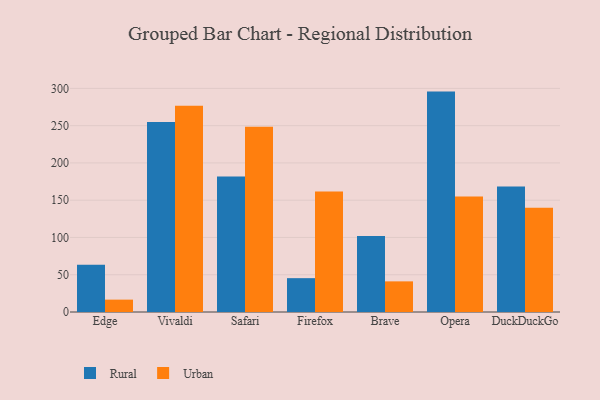
{"axis": {"x": "Browser", "y": "Waste Production (Tons)"}, "legend": ["Rural", "Urban"], "data": [{"x": "Edge", "y": 63.5, "type": "Rural"}, {"x": "Edge", "y": 16.6, "type": "Urban"}, {"x": "Vivaldi", "y": 254.9, "type": "Rural"}, {"x": "Vivaldi", "y": 276.8, "type": "Urban"}, {"x": "Safari", "y": 181.9, "type": "Rural"}, {"x": "Safari", "y": 248.6, "type": "Urban"}, {"x": "Firefox", "y": 45.4, "type": "Rural"}, {"x": "Firefox", "y": 161.6, "type": "Urban"}, {"x": "Brave", "y": 102.1, "type": "Rural"}, {"x": "Brave", "y": 41.1, "type": "Urban"}, {"x": "Opera", "y": 295.7, "type": "Rural"}, {"x": "Opera", "y": 155.1, "type": "Urban"}, {"x": "DuckDuckGo", "y": 168.3, "type": "Rural"}, {"x": "DuckDuckGo", "y": 139.8, "type": "Urban"}]}